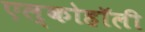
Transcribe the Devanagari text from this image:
एल्कोहॉली